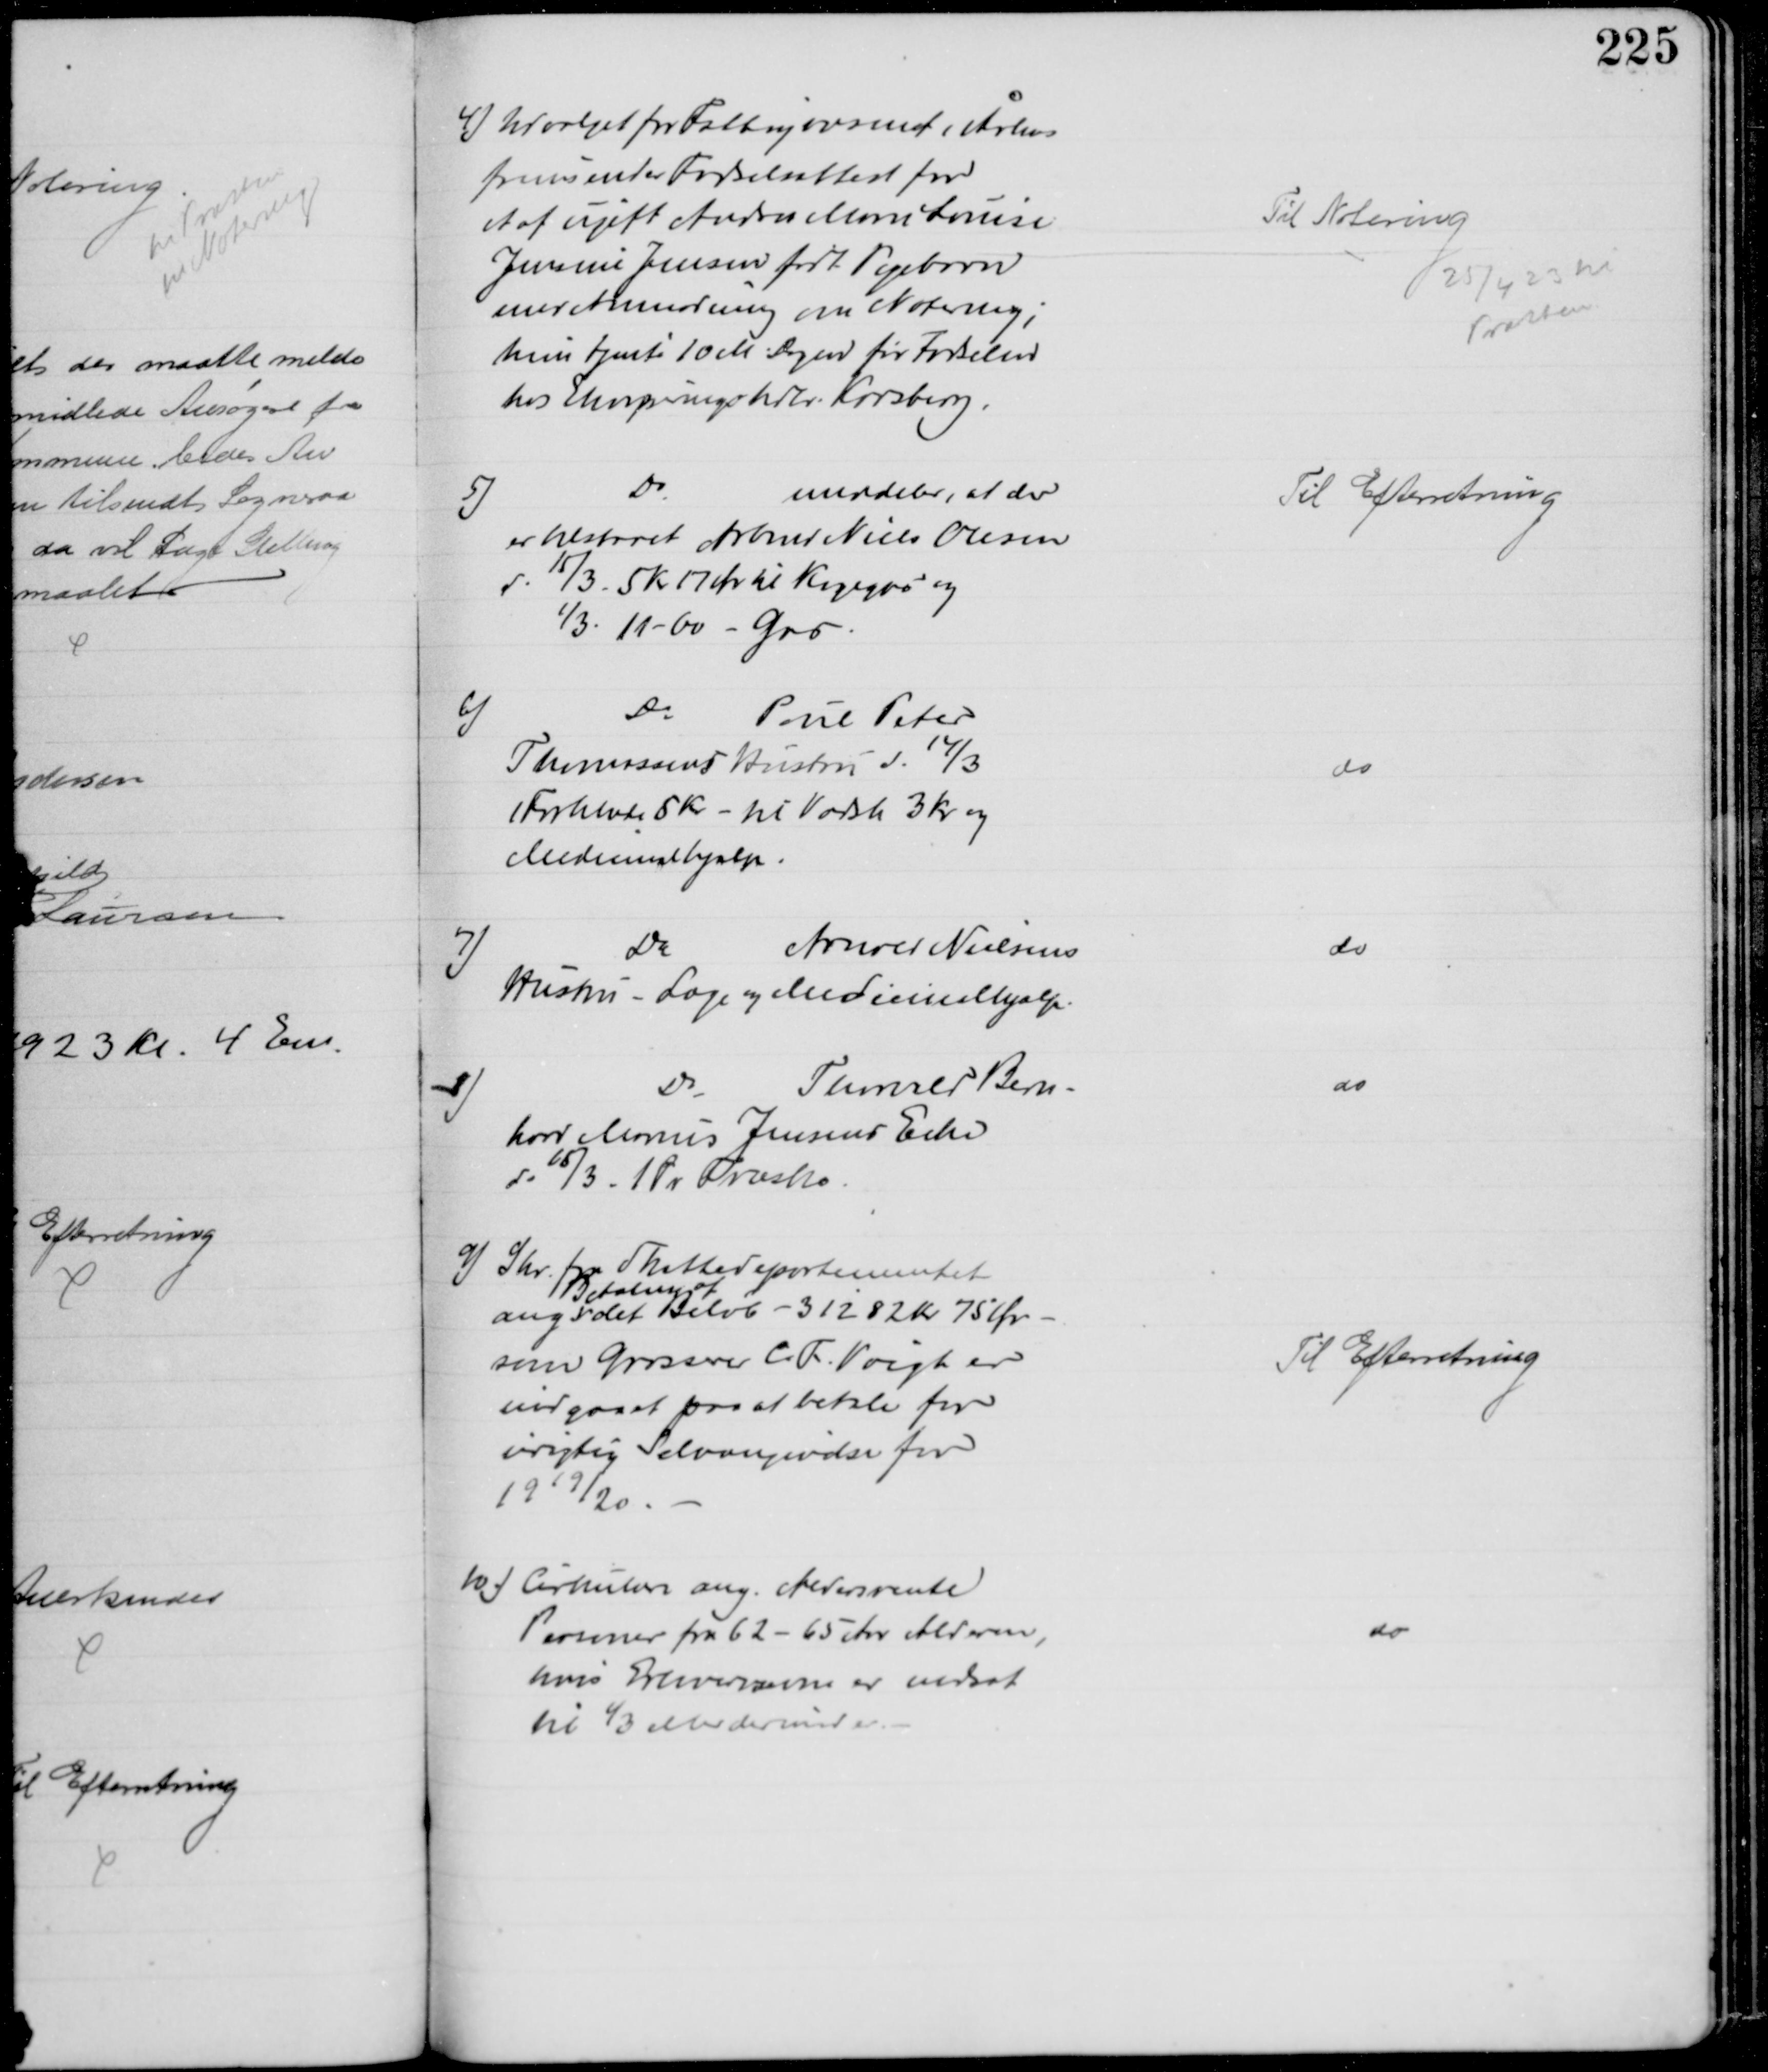
Transskription:
4) Udvalget for Fattigvæsenet i Århus
fremsender Fødselsattest for
et af ugift Andrea Marie Louise
Jensine Jensen født Pigebarn
med Anmodning om Notering;
hun tjente 10 M. Dagen før Fødselen
hos Ekviperingshdlr. Karsberg.
Til Notering
25/4 23 til
Præsten
5)
Do
meddeler, at der
er tilstaaet Arbmd Niels Olesen
d. 15/3 - 5 Kr 17 Ør til Kogegas og
1/3 11-60 - Gas
Til Efterretning
6)
Do
Poul Peter
Thomassens Hustru d. 14/3
1 Forklæde 5 Kr - til Vadsk 3 Kr og
Medicinalhjælp.
do
7)
Do
Arnold Nielsens
Hustru - Læge og Medicinalhjælp.
do
8)
Do
Thorvald Bern-
hard Marius Jensens Enke
d. 15/3 - 1 Pr Træsko
do
9) Skr. fra Skattedepartementet
ang
Betaling af
det Beløb - 31282 Kr 75 Ør
som Grosserer C. F. Voigt er
indgaaet paa at betale for
urigtig Selvangivelse for
1919/20
Til Efterretning
10) Cirkulære ang. Aldersrente
Personer fra 62 - 65 Aar Alderen,
hvis Erhvervsevne er nedsat
til ⅓ eller derunder.
do